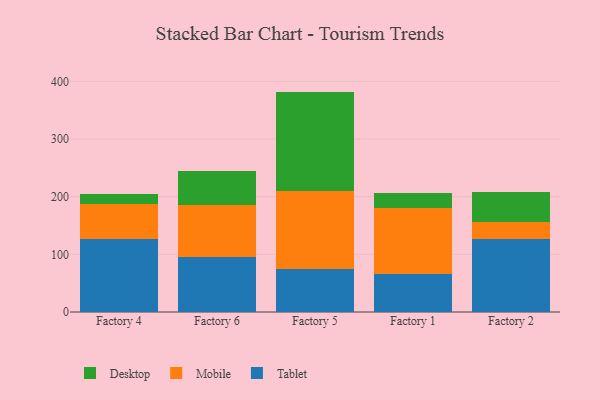
{"axis": {"x": "Factory", "y": "Latency (ms)"}, "legend": ["Desktop", "Mobile", "Tablet"], "data": [{"x": "Factory 4", "y": 126.6, "type": "Tablet"}, {"x": "Factory 4", "y": 60.7, "type": "Mobile"}, {"x": "Factory 4", "y": 17.4, "type": "Desktop"}, {"x": "Factory 6", "y": 96.2, "type": "Tablet"}, {"x": "Factory 6", "y": 89.7, "type": "Mobile"}, {"x": "Factory 6", "y": 59.0, "type": "Desktop"}, {"x": "Factory 5", "y": 74.4, "type": "Tablet"}, {"x": "Factory 5", "y": 134.9, "type": "Mobile"}, {"x": "Factory 5", "y": 172.9, "type": "Desktop"}, {"x": "Factory 1", "y": 65.3, "type": "Tablet"}, {"x": "Factory 1", "y": 114.7, "type": "Mobile"}, {"x": "Factory 1", "y": 26.0, "type": "Desktop"}, {"x": "Factory 2", "y": 126.3, "type": "Tablet"}, {"x": "Factory 2", "y": 29.9, "type": "Mobile"}, {"x": "Factory 2", "y": 51.3, "type": "Desktop"}]}